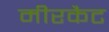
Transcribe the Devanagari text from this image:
मीरकैट